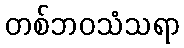
တစ်ဘဝသံသရာ